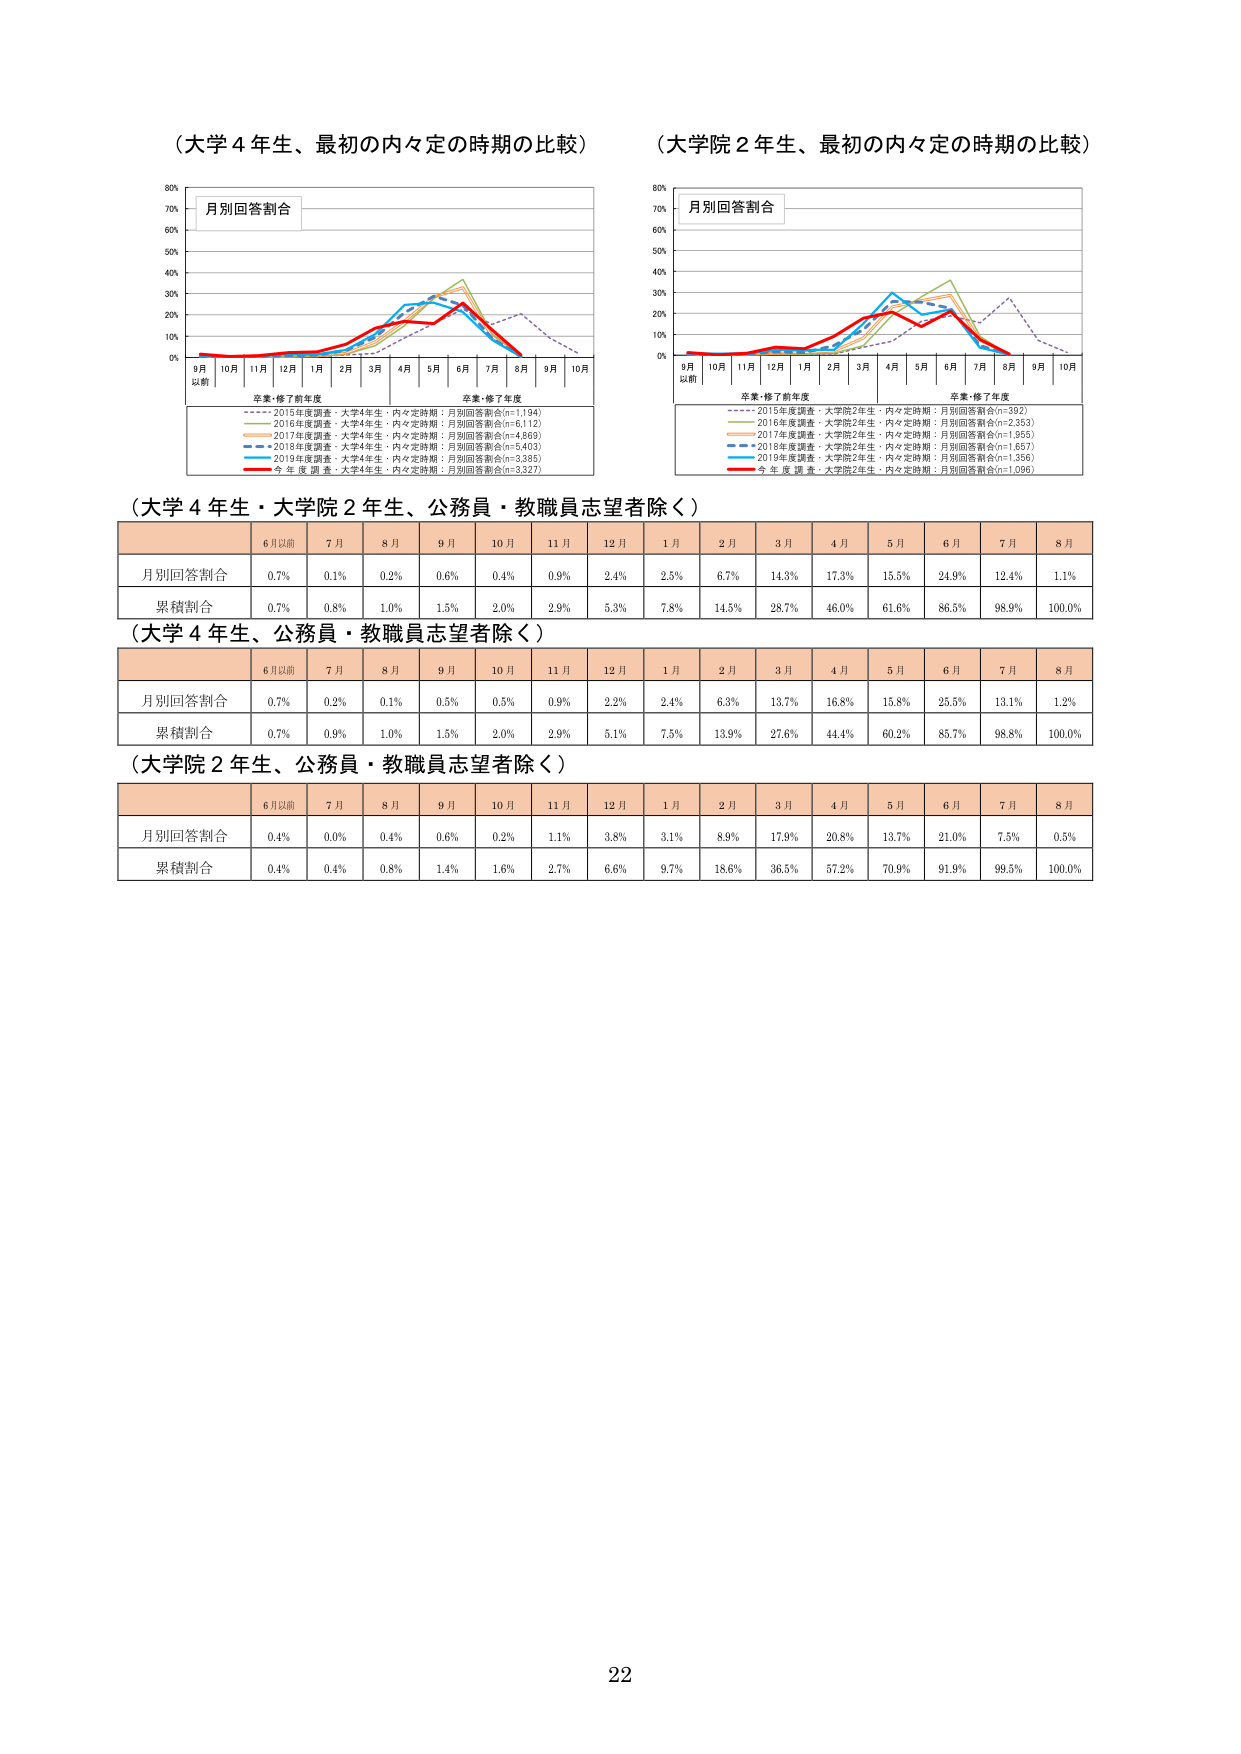
（大学４年生、最初の内々定の時期の比較）
月別回答割合
9月以前 10月 11月 12月 1月 2月 3月 4月 5月 6月 7月 8月 9月 10月
卒業・修了前年度 卒業・修了年度
- - - - 2015年度調査・大学4年生・内々定時期：月別回答割合(n=1,194)
- - - - 2016年度調査・大学4年生・内々定時期：月別回答割合(n=1,112)
- - - - 2017年度調査・大学4年生・内々定時期：月別回答割合(n=4,869)
- - - - 2018年度調査・大学4年生・内々定時期：月別回答割合(n=5,403)
- - - - 2019年度調査・大学4年生・内々定時期：月別回答割合(n=3,385)
- - - - 今年度調査・大学4年生・内々定時期：月別回答割合(n=3,327)

（大学院２年生、最初の内々定の時期の比較）
月別回答割合
9月以前 10月 11月 12月 1月 2月 3月 4月 5月 6月 7月 8月 9月 10月
卒業・修了前年度 卒業・修了年度
- - - - 2015年度調査・大学院2年生・内々定時期：月別回答割合(n=392)
- - - - 2016年度調査・大学院2年生・内々定時期：月別回答割合(n=2,353)
- - - - 2017年度調査・大学院2年生・内々定時期：月別回答割合(n=1,855)
- - - - 2018年度調査・大学院2年生・内々定時期：月別回答割合(n=1,857)
- - - - 2019年度調査・大学院2年生・内々定時期：月別回答割合(n=1,356)
- - - - 今年度調査・大学院2年生・内々定時期：月別回答割合(n=1,096)

（大学４年生・大学院２年生、公務員・教職員志望者除く）
6月以前 7月 8月 9月 10月 11月 12月 1月 2月 3月 4月 5月 6月 7月 8月
月別回答割合 0.7% 0.1% 0.2% 0.6% 0.4% 0.9% 2.4% 2.5% 6.7% 14.3% 17.3% 15.5% 24.9% 12.4% 1.1%
累積割合 0.7% 0.8% 1.0% 1.5% 2.0% 2.9% 5.3% 7.8% 14.5% 28.7% 46.0% 61.6% 86.5% 98.9% 100.0%

（大学４年生、公務員・教職員志望者除く）
6月以前 7月 8月 9月 10月 11月 12月 1月 2月 3月 4月 5月 6月 7月 8月
月別回答割合 0.7% 0.2% 0.1% 0.5% 0.5% 0.9% 2.2% 2.4% 6.3% 13.7% 16.8% 15.8% 25.5% 13.1% 1.2%
累積割合 0.7% 0.9% 1.0% 1.5% 2.0% 2.9% 5.1% 7.5% 13.9% 27.6% 44.4% 60.2% 85.7% 98.8% 100.0%

（大学院２年生、公務員・教職員志望者除く）
6月以前 7月 8月 9月 10月 11月 12月 1月 2月 3月 4月 5月 6月 7月 8月
月別回答割合 0.4% 0.0% 0.4% 0.6% 0.2% 1.1% 3.8% 3.1% 8.9% 17.9% 20.8% 13.7% 21.0% 7.5% 0.5%
累積割合 0.4% 0.4% 0.8% 1.4% 1.6% 2.7% 6.6% 9.7% 18.6% 36.5% 57.2% 70.9% 91.9% 99.5% 100.0%

22